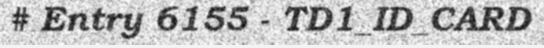
# Entry 6155 - TD1_ID_CARD